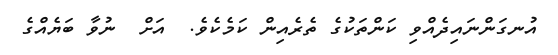
އުނގަންނައިދެއްވި ކަންތަކުގެ ތެރެއިން ކަމެކެވެ.  އަށް  ނުވާ ބަޔެއްގެ